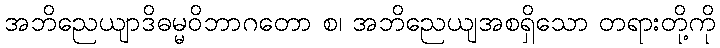
အဘိညေယျာဒိဓမ္မဝိဘာဂတော စ၊ အဘိညေယျအစရှိသော တရားတို့ကို